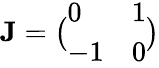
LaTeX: {\mathbf{J}}=\bigl(\begin{array}{ll}{0}&{1}\\ {-1}&{0}\end{array}\bigr)